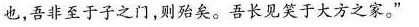
也，吾非至于子之门，则殆矣。吾长见笑于大方之家。”